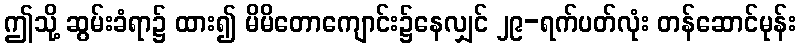
ဤသို့ ဆွမ်းခံရာ၌ ထား၍ မိမိတောကျောင်း၌နေလျှင် ၂၉-ရက်ပတ်လုံး တန်ဆောင်မုန်း